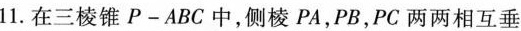
11.在三棱锥P-ABC中，侧棱PA，PB，PC两两相互垂